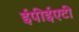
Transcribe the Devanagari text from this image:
ईपीईएटी